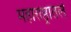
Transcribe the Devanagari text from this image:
महाराष्ठ्रातले